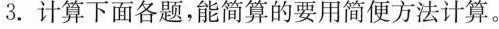
3.计算下面各题，能简算的要用简便方法计算。